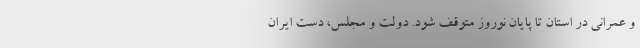
و عمرانی در استان تا پایان نوروز متوقف شود. دولت و مجلس، دست ایران